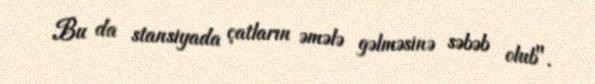
Bu da stansiyada çatların əmələ gəlməsinə səbəb olub".